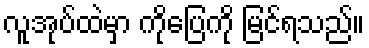
လူအုပ်ထဲမှာ ကိုပြေကို မြင်ရသည်။